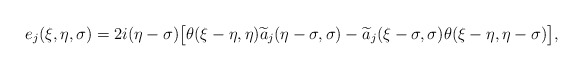
\begin{align*}e_j(\xi, \eta, \sigma)= 2i (\eta-\sigma)\big[ \theta(\xi-\eta, \eta) \widetilde{a}_j(\eta-\sigma, \sigma)- \widetilde{a}_j(\xi-\sigma, \sigma) \theta(\xi-\eta, \eta-\sigma)\big], \end{align*}